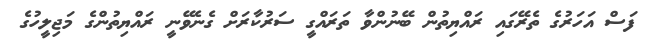
ފަސް އަހަރުގެ ތެރޭގައި ރައްޔިތުން ބޭނުންވާ ތަރައްގީ ސަރުކާރަށް ގެނެވޭނީ ރައްޔިތުންގެ މަޖިލީހުގެ